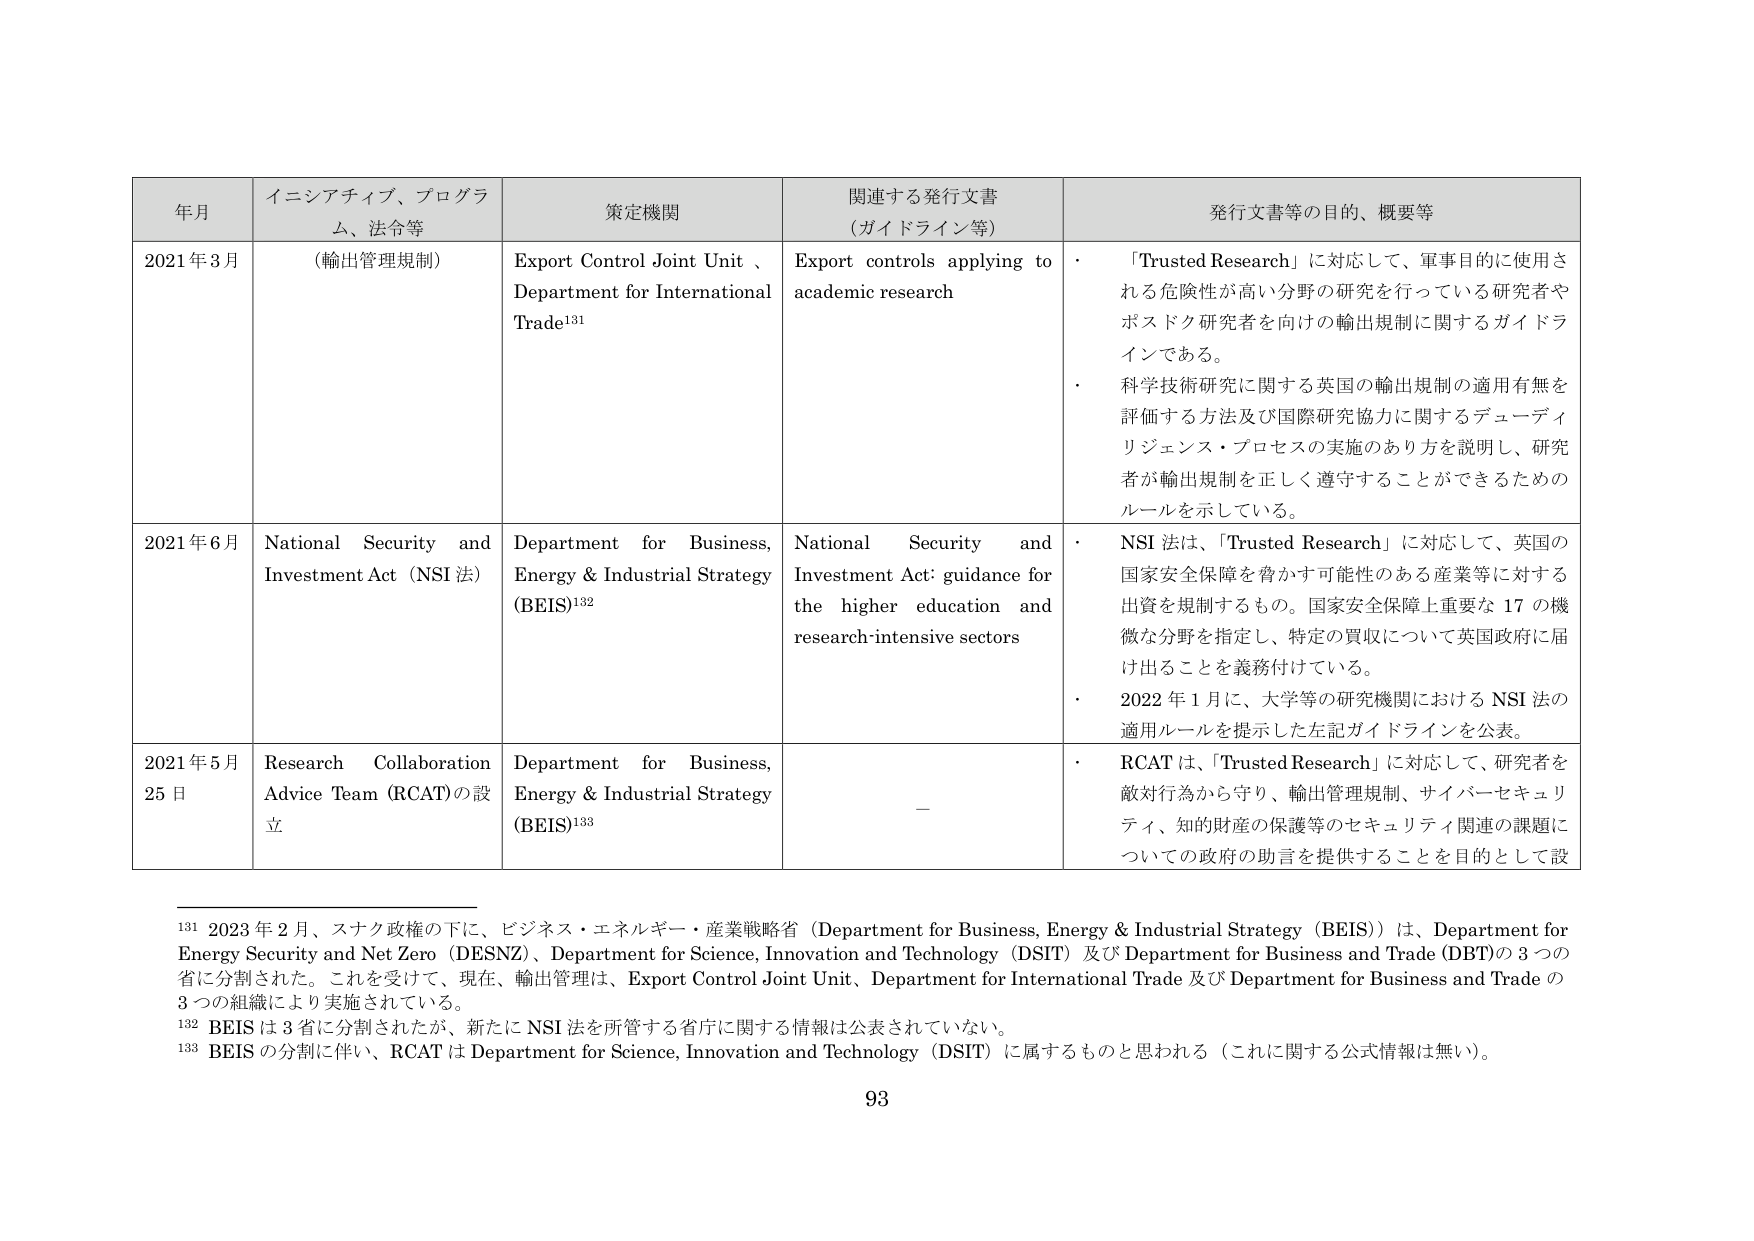
年月 イニシアティブ、プログラム、法令等 策定機関 関連する発行文書（ガイドライン等） 発行文書等の目的、概要等
2021年3月 （輸出管理規制） Export Control Joint Unit 、Department for International Trade¹³¹ Export controls applying to academic research ・「Trusted Research」に対応して、軍事目的に使用される危険性が高い分野の研究を行っている研究者やポスドク研究者を向けの輸出規制に関するガイドラインである。 ・科学技術研究に関する英国の輸出規制の適用有無を評価する方法及び国際研究協力に関するデューディリジェンス・プロセスの実施のあり方を説明し、研究者が輸出規制を正しく遵守することができるためのルールを示している。
2021年6月 National Security and Investment Act（NSI法） Department for Business, Energy & Industrial Strategy (BEIS)¹³² National Security and Investment Act: guidance for the higher education and research-intensive sectors ・NSI法は、「Trusted Research」に対応して、英国の国家安全保障を脅かす可能性のある産業等に対する出資を規制するもの。国家安全保障上重要な17の機微な分野を指定し、特定の買収について英国政府に届け出ることを義務付けている。 ・2022年1月に、大学等の研究機関におけるNSI法の適用ルールを提示した左記ガイドラインを公表。
2021年5月25日 Research Collaboration Advice Team (RCAT)の設立 Department for Business, Energy & Industrial Strategy (BEIS)¹³³ － ・RCATは、「Trusted Research」に対応して、研究者を敵対行為から守り、輸出管理規制、サイバーセキュリティ、知的財産の保護等のセキュリティ関連の課題についての政府の助言を提供することを目的として設
¹³¹ 2023年2月、スナク政権の下に、ビジネス・エネルギー・産業戦略省（Department for Business, Energy & Industrial Strategy（BEIS））は、Department for Energy Security and Net Zero（DESNZ）、Department for Science, Innovation and Technology（DSIT）及びDepartment for Business and Trade（DBT）の3つの省に分割された。これを受け、現在、輸出管理は、Export Control Joint Unit、Department for International Trade及びDepartment for Business and Tradeの3つの組織により実施されている。
¹³² BEISは3省に分割されたが、新たにNSI法を所管する省庁に関する情報は公表されていない。
¹³³ BEISの分割に伴い、RCATはDepartment for Science, Innovation and Technology（DSIT）に属するものと思われる（これに関する公式情報は無い）。
93